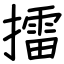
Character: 擂